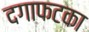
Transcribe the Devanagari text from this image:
दगाफटका